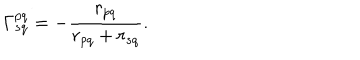
LaTeX: \Gamma _ { s q } ^ { p q } = - \frac { r _ { p q } } { r _ { p q } + r _ { s q } } .